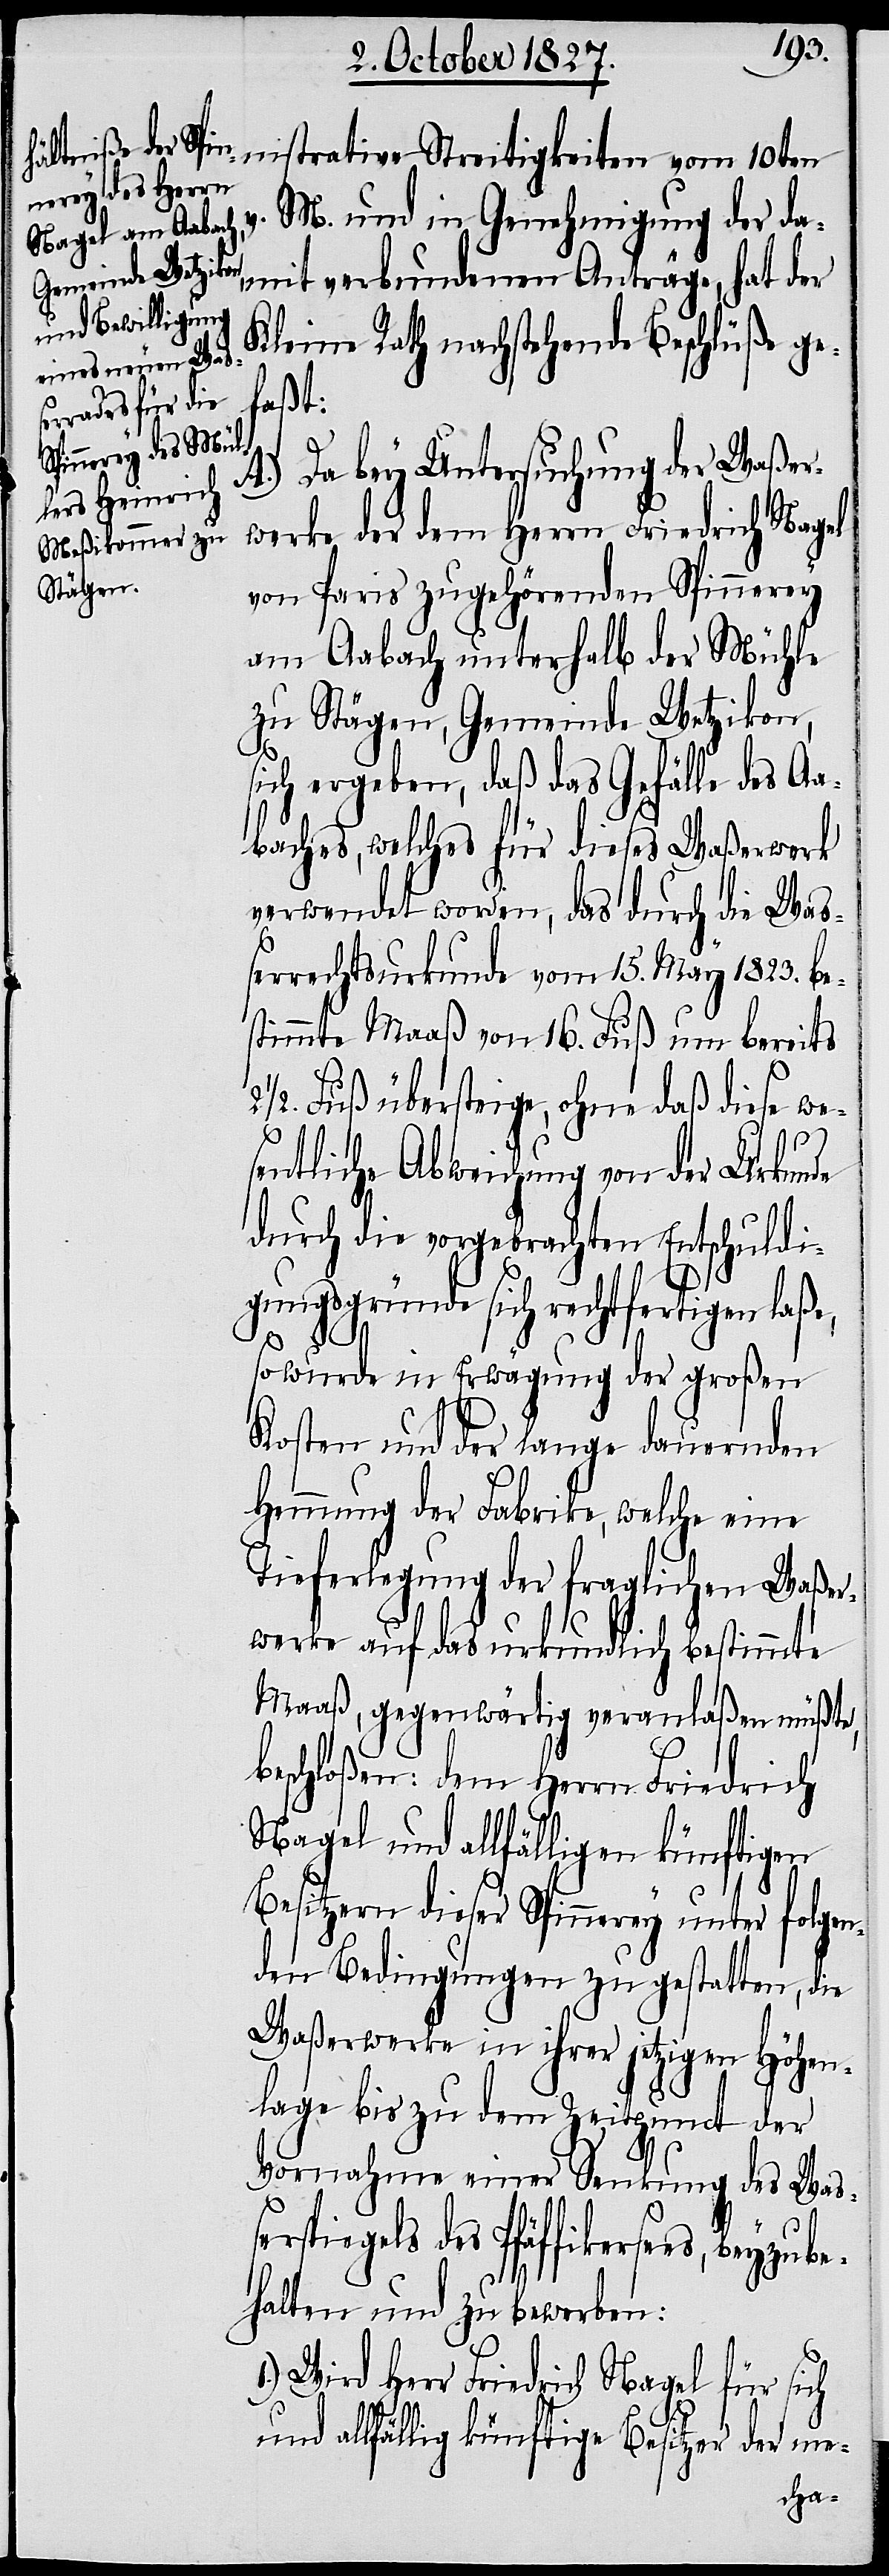
nistrative Streitigkeiten vom 10ten
v. M. und in Genehmigung der da¬
mit verbundenen Anträge, hat der
Kleine Rath nachstehende Beschlüße ge¬
faßt:
Da bey Untersuchung der Waßer¬
werke der dem Herrn Friedrich Nagel
von Paris zugehörenden Spinnerey
am Aabach unterhalb der Mühle
zu Stägen, Gemeinde Wetzikon,
sich ergeben, daß das Gefälle des Aa¬
baches, welches für dieses Waßerwerk
verwendet worden, das durch die Waß¬
errechtsurkunde vom 15. May 1823. be¬
stimmte Maaß von 16. Fuß um bereits
2 ½. Fuß übersteige, ohne daß diese we¬
sentliche Abweichung von der Urkunde
durch die vorgebrachten Entschuldi¬
gungsgründe sich rechtfertigen laße,
so wurde in Erwägung der großen
Kosten und der lange dauernden
Hemmung der Fabrike, welche eine
Tieferlegung der fraglichen Waßwer¬
werke auf das urkundlich bestimmte
Maaß, gegenwärtig veranlaßen müßte,
beschloßen: dem Herrn Friedrich
Nagel und allfälligen künftigen
Besitzern dieser Spinnerey unter folgen¬
den Bedingungen zugestatten, die
Waßerwerke in ihrer jetzigen Höhen¬
lage bis zu dem Zeitpunct der
Vornahme einer Senkung des Waß¬
erspiegels des Pfäffikersees, be¬
halten und zu bewerben:
1.) Wird Herr Friedrich Nagel für sich
und allfällig künftige Besitzer der me-
yzube¬